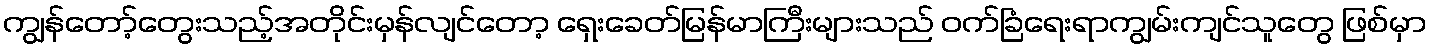
ကျွန်တော့်တွေးသည့်အတိုင်းမှန်လျင်တော့ ရှေးခေတ်မြန်မာကြီးများသည် ဝက်ခြံရေးရာကျွမ်းကျင်သူတွေ ဖြစ်မှာ